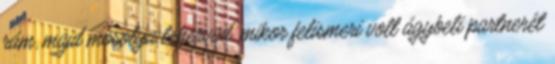
rám, majd mosolya lehervad, mikor felismeri volt ágybeli partnerét